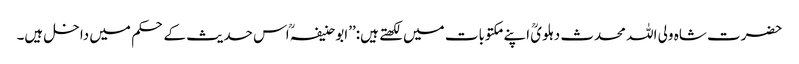
حضرت شاہ ولی اللہ محدث دہلویؒ اپنے مکتوبات میں لکھتے ہیں:’’ابو حنیفہؒ اس حدیث کے حکم میں داخل ہیں۔